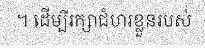
។ ដើម្បីរក្សាជំហរខ្លួនរបស់